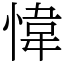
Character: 愇